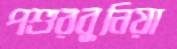
পশুরবুনিয়া